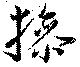
撡